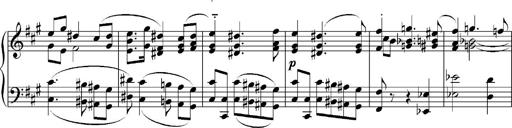
Title: Sonatina No.5
Composer: Otto Stoll
Key: F-sharp minor